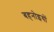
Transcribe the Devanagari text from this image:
बहनोइयों